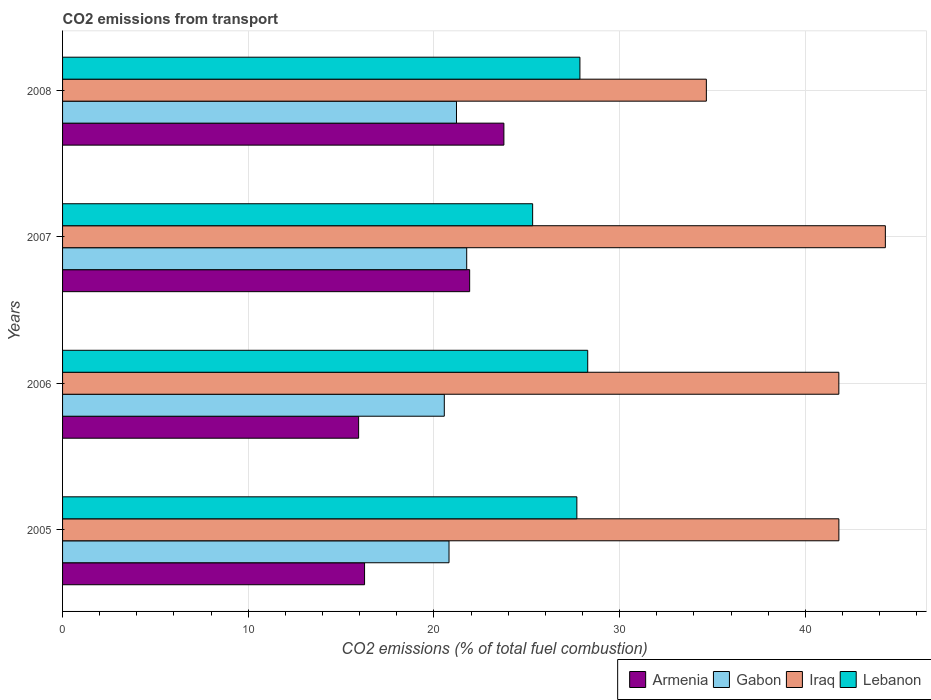
| Years | Armenia | Gabon | Iraq | Lebanon |
 | --- | --- | --- | --- | --- |
 | 2005 | 16.3 | 20.8 | 41.8 | 27.7 |
 | 2006 | 15.9 | 20.6 | 41.8 | 28.3 |
 | 2007 | 21.9 | 21.8 | 44.3 | 25.3 |
 | 2008 | 23.8 | 21.2 | 34.7 | 27.9 |